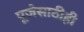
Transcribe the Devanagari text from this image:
पूजेसाठीही